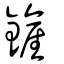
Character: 鏟